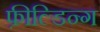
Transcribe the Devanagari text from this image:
फ़ील्डिन्ग